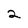
Character: 2